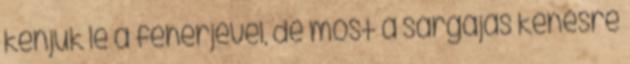
kenjük le a fehérjével, de most a sárgájás kenésre